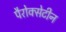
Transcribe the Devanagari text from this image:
पैरोक्सेटीन